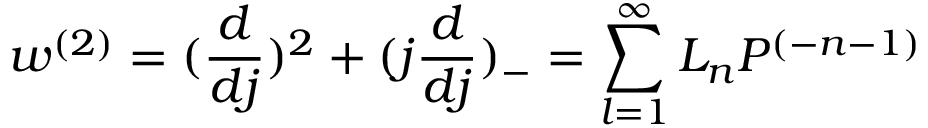
w ^ { ( 2 ) } = ( \frac { d } { d j } ) ^ { 2 } + ( j \frac { d } { d j } ) _ { - } = \sum _ { l = 1 } ^ { \infty } { \cal L } _ { n } P ^ { ( - n - 1 ) }